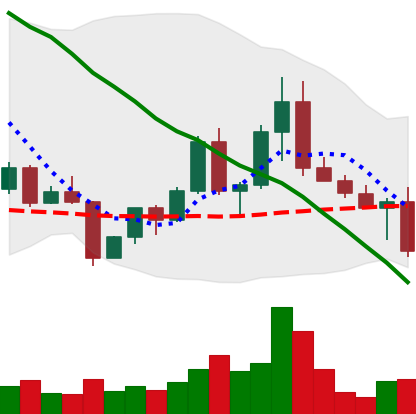
Ticker: EOS-USD
Chart end date: 2022-04-26
Forward return: -3.583%
Label: down_3_5